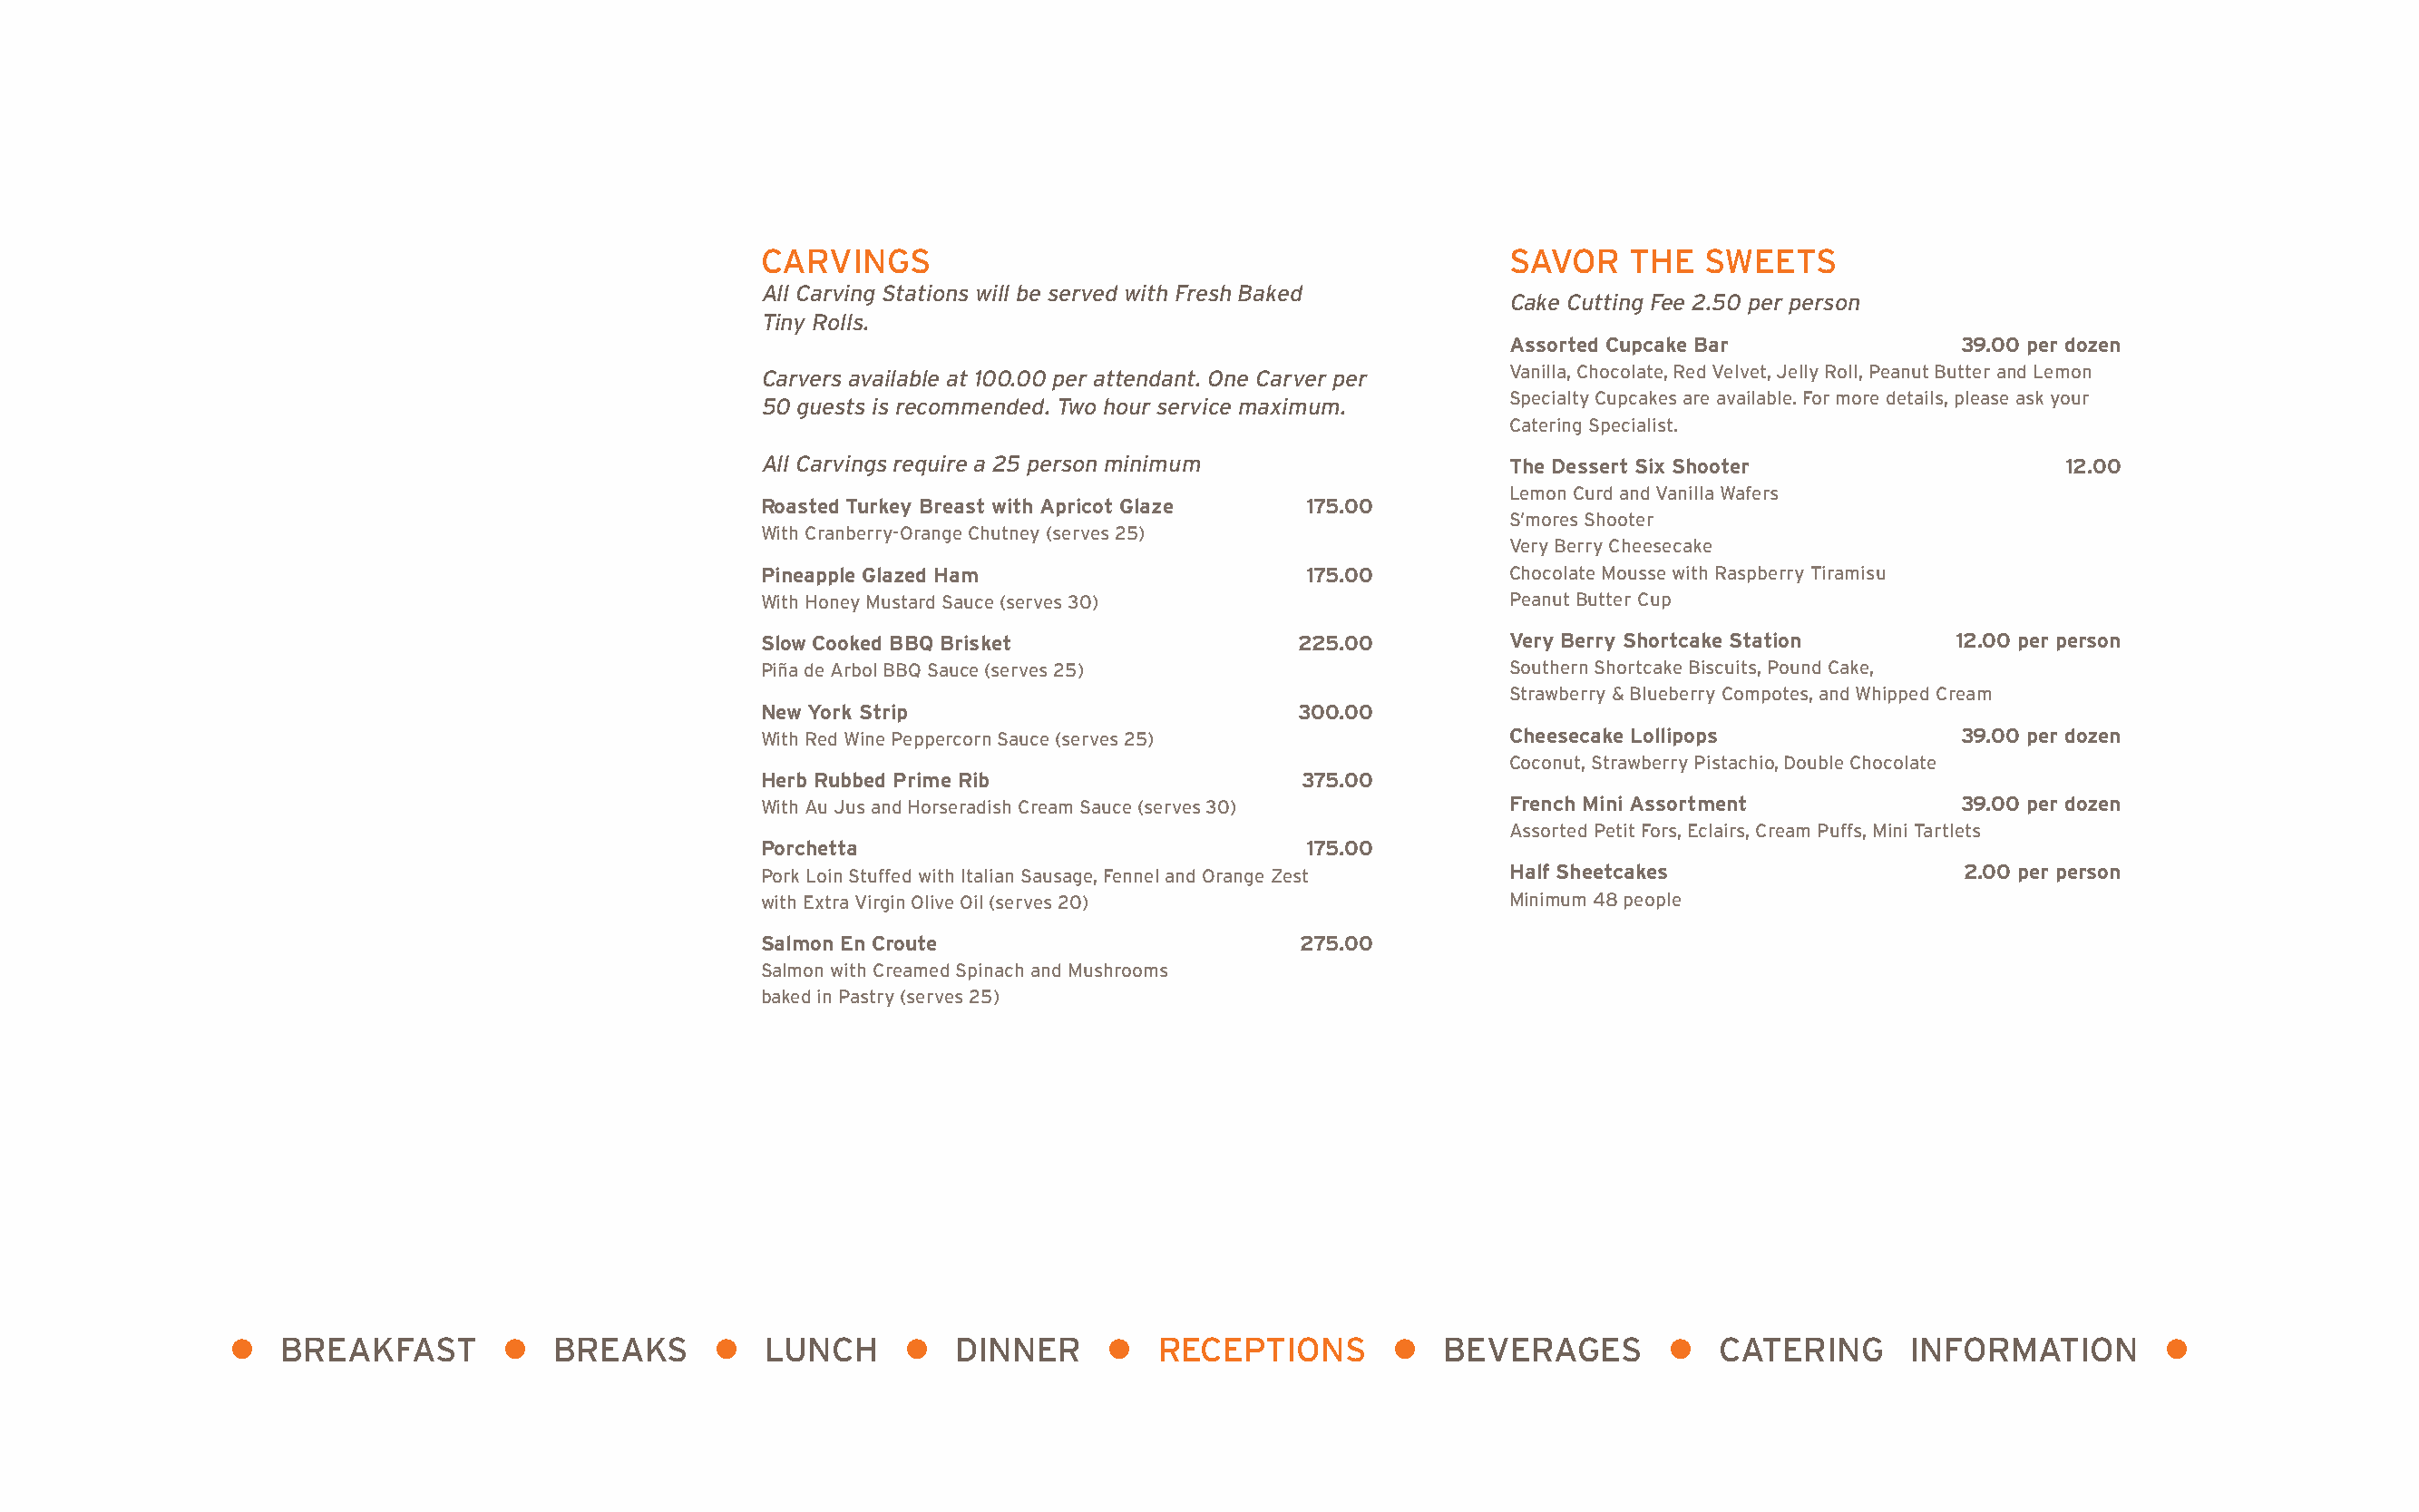
CARVINGS                                              SAVOR    THE  SWEETS
 All Carving Stations will be served with Fresh Baked
 Cake Cutting Fee 2.50 per person
 Tiny Rolls.
 Assorted Cupcake Bar             39.00 per dozen
 Carvers available at 100.00 per attendant. One Carver per Vanilla, Chocolate, Red Velvet, Jelly Roll, Peanut Butter and Lemon
 Specialty Cupcakes are available. For more details, please ask your
 50 guests is recommended. Two hour service maximum.
 Catering Specialist.
 All Carvings require a 25 person minimum               The Dessert Six Shooter                  12.00
 Lemon Curd and Vanilla Wafers
 Roasted Turkey Breast with Apricot Glaze 175.00
 S’mores Shooter
 With Cranberry-Orange Chutney (serves 25)
 Very Berry Cheesecake
 Pineapple Glazed Ham                   175.00         Chocolate Mousse with Raspberry Tiramisu
 With Honey Mustard Sauce (serves 30)                  Peanut Butter Cup
 Slow Cooked BBQ Brisket                225.00         Very Berry Shortcake Station     12.00 per person
 Piña de Arbol BBQ Sauce (serves 25)                   Southern Shortcake Biscuits, Pound Cake,
 Strawberry & Blueberry Compotes, and Whipped Cream
 New York Strip                         300.00
 With Red Wine Peppercorn Sauce (serves 25)            Cheesecake Lollipops             39.00 per dozen
 Coconut, Strawberry Pistachio, Double Chocolate
 Herb Rubbed Prime Rib                  375.00
 With Au Jus and Horseradish Cream Sauce (serves 30)   French Mini Assortment           39.00 per dozen
 Assorted Petit Fors, Eclairs, Cream Puffs, Mini Tartlets
 Porchetta                              175.00
 Pork Loin Stuffed with Italian Sausage, Fennel and Orange Zest Half Sheetcakes         2.00 per person
 with Extra Virgin Olive Oil (serves 20)               Minimum 48 people
 Salmon En Croute                       275.00
 Salmon with Creamed Spinach and Mushrooms
 baked in Pastry (serves 25)
 l  BREAKFAST        l  BREAKS      l   LUNCH     l   DINNER     l   RECEPTIONS       l  BEVERAGES        l  CATERING      INFORMATION        l